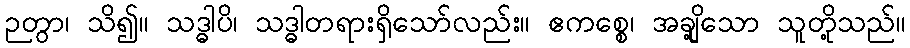
ဉတွာ၊ သိ၍။ သဒ္ဓါပိ၊ သဒ္ဓါတရားရှိသော်လည်း။ ဧကစ္စေ၊ အချို့သော သူတို့သည်။